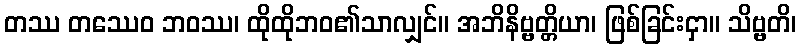
တဿ တဿေဝ ဘဝဿ၊ ထိုထိုဘဝ၏သာလျှင်။ အဘိနိဗ္ဗတ္တိယာ၊ ဖြစ်ခြင်းငှာ။ သိဗ္ဗတိ၊